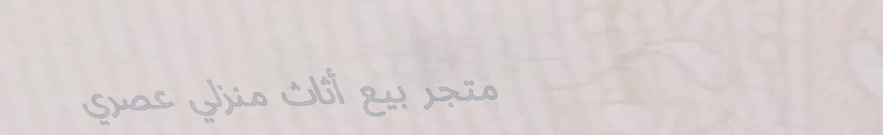
متجر بيع أثاث منزلي عصري